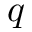
q